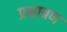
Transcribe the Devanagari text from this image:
प्रमात्रण